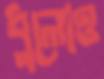
ধুলোও